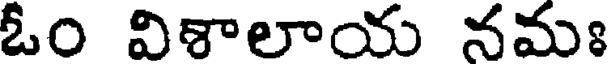
ఓం విశాలాయ నమః